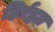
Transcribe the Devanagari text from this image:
हिर्रह्मा